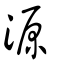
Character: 厵